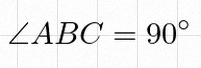
\angle ABC=90^\circ